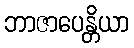
ဘာဇာပေန္တိယာ